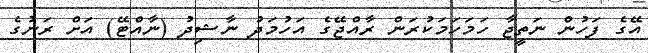
އޭގެ ފަހުން ނަތީޖާ ހަމަހަމަކުރަން ރާއްޖޭގެ އަހުމަދު ނާޝިދު (ނާއްޓޭ) އަށް ރަނުގެ